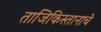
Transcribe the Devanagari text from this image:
ताजिकिस्तानाचे